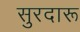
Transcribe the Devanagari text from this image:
सुरदारू